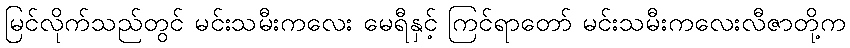
မြင်လိုက်သည်တွင် မင်းသမီးကလေး မေရီနှင့် ကြင်ရာတော် မင်းသမီးကလေးလီဇာတို့က